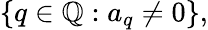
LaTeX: \{ q\in\mathbb{Q}:a_{q}\neq 0\} ,